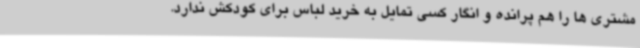
مشتری ها را هم پرانده و انگار کسی تمایل به خرید لباس برای کودکش ندارد.